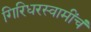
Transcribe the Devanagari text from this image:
गिरिधरस्वामींचं